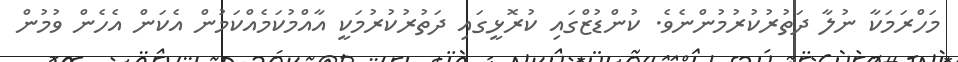
މަހްރަމަކާ ނުލާ ދަތުރުކުރުމުންނެވެ. ކުންޑުޒްގައި ކުރޮޅީގައި ދަތުރުކުރުމަކީ އާއްމުކަމެއްކަމުން އެކަން އެހެން ވުމުން